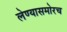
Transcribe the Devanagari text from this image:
लेण्यासमोरच